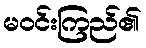
မဝင်းကြည်၏